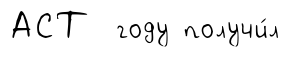
АСТ году получи́л